system: You are a helpful assistant.
user:
Analyze the provided spectrum to determine if it is a **"Cataclysmic Variables (CV)"**.

- **Key Indicators for CV (Check for either state):**
    - **State 1: Quiescent / Low-State (Emission-Dominated)**
        - **(Primary):** Strong and *very broad* Hydrogen Balmer emission lines (e.g., $H\alpha$ at 6563 Å, $H\beta$ at 4861 Å). The 'broadness' (high velocity dispersion, often FWHM > 1000 km/s) is the key diagnostic, indicating a high-velocity accretion disk.
        - **(Secondary):** Broad neutral Helium (He I) emission lines (e.g., 5876 Å, 6678 Å).
        - **(Key Confirmation):** Presence of high-excitation *ionized* Helium (He II) emission at 4686 Å. This is a strong indicator of accretion onto a white dwarf.
        - **(Line Profile):** Emission lines may exhibit a 'double-peaked' profile, which is a classic signature of a rotating accretion disk viewed at high inclination.

    - **State 2: Outburst / High-State (Absorption-Dominated)**
        - **(Primary):** Spectrum is dominated by a bright, blue continuum (looks like a hot star).
        - **(Secondary):** The emission lines from State 1 are weak, absent, or 'filled in', and are replaced by broad, shallow *absorption* lines (primarily Balmer and He I).
        - **(Morphology):** The overall spectrum mimics a hot B/A-type star. The crucial difference is that the absorption lines are significantly broader, shallower, and more 'washed-out' (or 'smeared') than the sharp lines of a normal stellar photosphere, due to high rotational speeds and pressure broadening in the disk.

Think first, call **spectral_visualization_tool** if needed to examine features in detail, then provide your final answer. Your response must adhere to the following strict rules:
1.  **Overall Structure:** Your response must follow the format `<think>...</think> <tool_call>...</tool_call> (if a tool is used) <answer>...</answer>`.
2.  **Tool Usage Constraint:** You may only make **one** tool call per turn.
3.  **Final Answer Format:** In the `<answer>` tag, your conclusion must be inside a `\boxed{}` command (e.g., `\boxed{YES}`), followed by your justification.

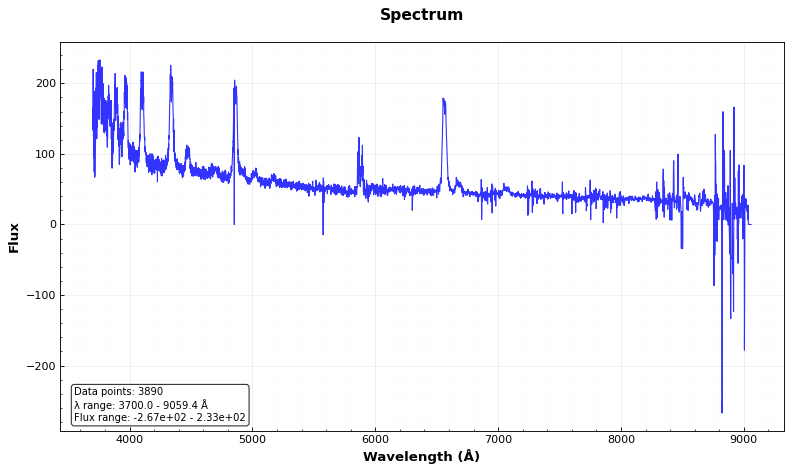
Answer: YES